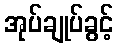
အုပ်ချုပ်ခွင့်